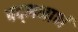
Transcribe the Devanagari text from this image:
पद्‌मनाभं